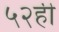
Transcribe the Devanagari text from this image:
५२ही